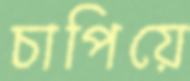
চাপিয়ে